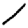
Digit: 1